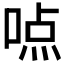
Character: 𰈊